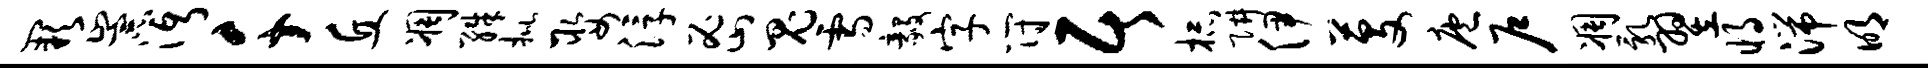
缺崇沔千丘凋殊批娶浮密鬼雪毅字符居杯阱伊芟庖户凋乳翌将湍明